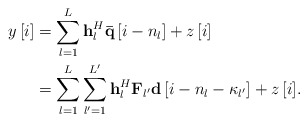
\begin{align*} \begin{aligned} y\left[ i \right] &= \sum\limits_{l = 1}^L {{\bf{h}}_l^H{\bf{\bar q}}\left[ {i - {n_l}} \right]} + z\left[ i \right]\\ &= \sum\limits_{l = 1}^L {\sum\limits_{{l'} = 1}^{L'} {{\bf{h}}_l^H{{\bf{{ F}}}_{l'}}{\bf{d}}\left[ {i - {n_l} - {\kappa _{l'}}} \right]} + z\left[ i \right]}. \end{aligned} \end{align*}